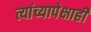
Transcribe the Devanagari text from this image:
त्यांच्यापेक्षाही